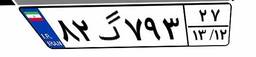
۸۲گ۷۹۳۲۷